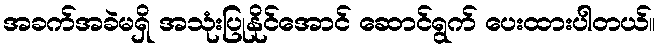
အခက်အခဲမရှိ အသုံးပြုနိုင်အောင် ဆောင်ရွက် ပေးထားပါတယ်။